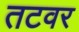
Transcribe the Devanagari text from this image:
तटवर